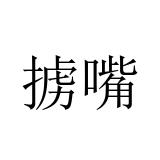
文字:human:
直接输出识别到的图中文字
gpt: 掳嘴